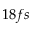
1 8 f s